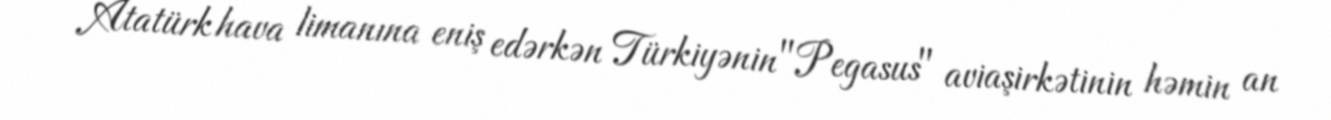
Atatürk hava limanına eniş edərkən Türkiyənin "Pegasus" aviaşirkətinin həmin an